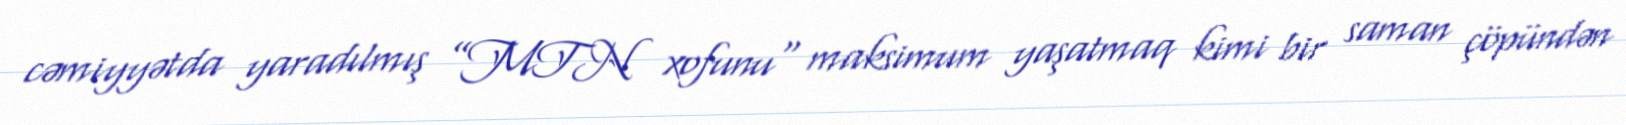
cəmiyyətda yaradılmış ”MTN xofunu" maksimum yaşatmaq kimi bir saman çöpündən